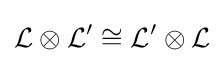
{\mathcal {L}}\otimes {\mathcal {L}}'\cong {\mathcal {L}}'\otimes {\mathcal {L}}